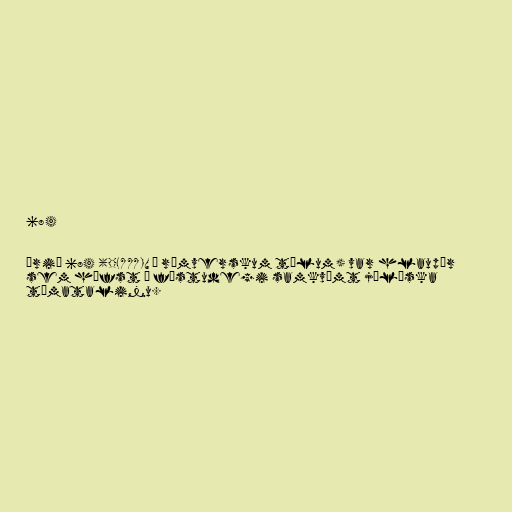
684

Árið 684 (DCLXXXIV í rómverskum tölum) var hlaupár
sem hófst á föstudegi samkvæmt júlíska
tímatalinu.